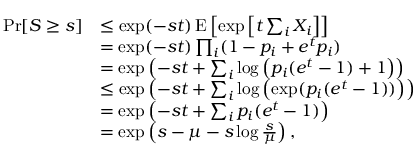
{ \begin{array} { r l } { \operatorname* { P r } [ S \geq s ] } & { \leq \exp ( - s t ) \operatorname { E } \left[ \exp \left[ t \sum _ { i } X _ { i } \right] \right] } \\ & { = \exp ( - s t ) \prod _ { i } ( 1 - p _ { i } + e ^ { t } p _ { i } ) } \\ & { = \exp \left( - s t + \sum _ { i } \log \left( p _ { i } ( e ^ { t } - 1 ) + 1 \right) \right) } \\ & { \leq \exp \left( - s t + \sum _ { i } \log \left( \exp ( p _ { i } ( e ^ { t } - 1 ) ) \right) \right) } \\ & { = \exp \left( - s t + \sum _ { i } p _ { i } ( e ^ { t } - 1 ) \right) } \\ & { = \exp \left( s - \mu - s \log { \frac { s } { \mu } } \right) , } \end{array} }